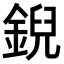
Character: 𫒪